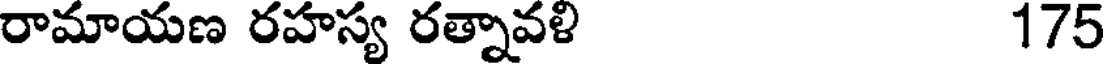
రామాయణ రహస్య రత్నావళి 175